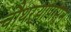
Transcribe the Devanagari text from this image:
चौथऱ्यापासून